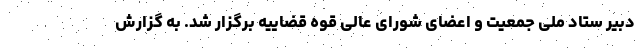
دبیر ستاد ملی جمعیت و اعضای شورای عالی قوه قضاییه برگزار شد. به گزارش